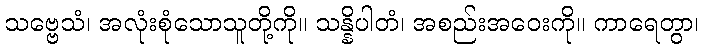
သဗ္ဗေသံ၊ အလုံးစုံသောသူတို့ကို။ သန္နိပါတံ၊ အစည်းအဝေးကို။ ကာရေတွာ၊